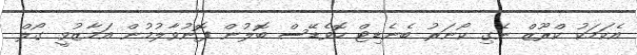
އެކަމަކު ކްރޫޒް ނެގި ކޯނަރު ބެނެޑިޓް ހޮވެޑޭސް ބޮލުން ފޮނުވާލުމުން އަމާޒުވީ ގޯލް